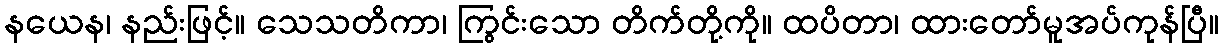
နယေန၊ နည်းဖြင့်။ သေသတိကာ၊ ကြွင်းသော တိက်တို့ကို။ ထပိတာ၊ ထားတော်မူအပ်ကုန်ပြီ။